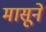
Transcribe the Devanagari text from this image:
मासूने